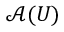
{ \mathcal { A } } ( U )